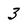
Character: 3